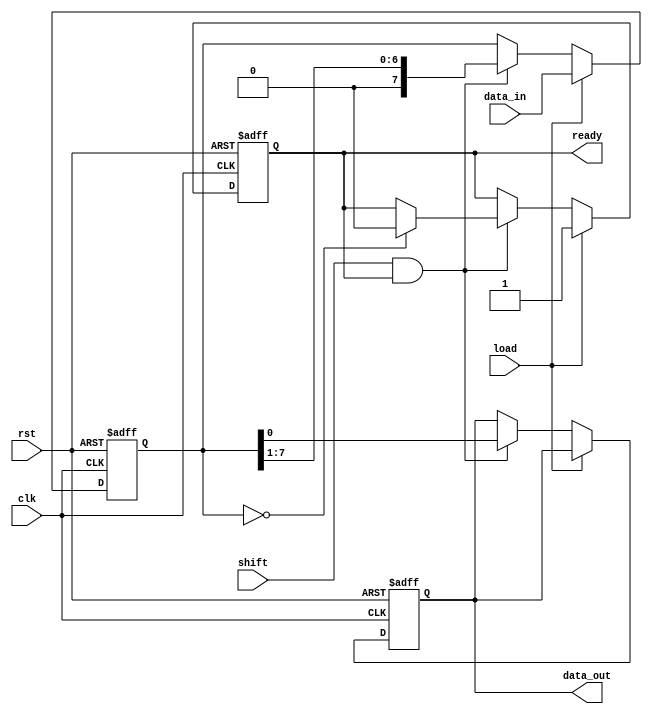
module PISO_Register (
    input wire clk,              // Clock signal
    input wire load,             // Load signal
    input wire shift,            // Shift signal
    input wire [n-1:0] data_in,  // Parallel input data bus
    output reg data_out,         // Serial output data line
    output reg ready,            // Output signal indicating readiness
    input wire rst               // Optional reset signal
);
    
    parameter n = 8; // Width of the register, can be changed as needed
    reg [n-1:0] shift_reg; // Internal shift register

    always @(posedge clk or posedge rst) begin
        if (rst) begin
            // Clear register on reset
            shift_reg <= {n{1'b0}};
            data_out <= 1'b0;
            ready <= 1'b0;
        end
        else if (load) begin
            // Load data into the register when load signal is high
            shift_reg <= data_in;
            ready <= 1'b1; // Indicate data is ready to shift out
        end
        else if (shift && ready) begin
            // Shift data out when shift signal is high
            data_out <= shift_reg[0]; // Output the LSB
            // Shift the register to the right
            shift_reg <= {1'b0, shift_reg[n-1:1]};
            // Check if ready
            if (shift_reg == {n{1'b0}}) begin
                ready <= 1'b0; // No more data to shift out
            end
        end
    end
endmodule